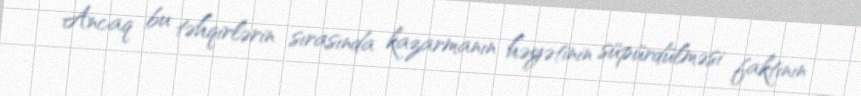
Ancaq bu təhqirlərin sırasında kazarmanın həyətinin süpürdülməsi faktının